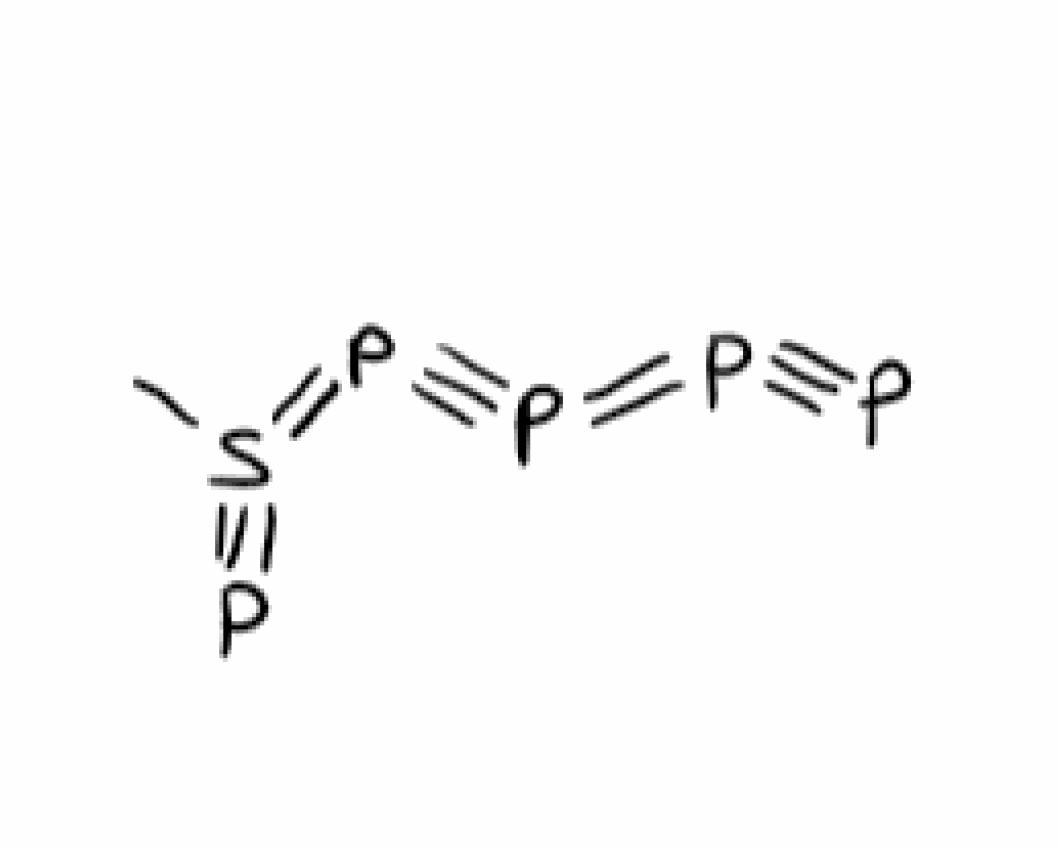
Simplified molecular-input line-entry system (SMILES) notation of the given molecule:
CS(#P)=P#P=P#P